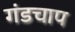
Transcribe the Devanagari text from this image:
गंडचाप